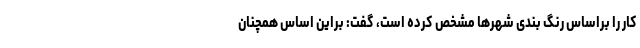
کار را براساس رنگ بندی شهرها مشخص کرده است، گفت: براین اساس همچنان